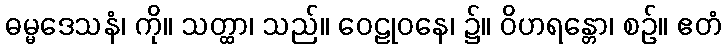
ဓမ္မဒေသနံ၊ ကို။ သတ္ထာ၊ သည်။ ဝေဠုဝနေ၊ ၌။ ဝိဟရန္တော၊ စဉ်။ ဧတံ